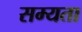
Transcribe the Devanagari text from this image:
सम्यता